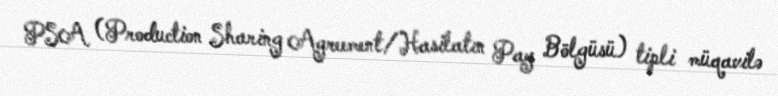
PSA (Production Sharing Agreement/Hasilatın Pay Bölgüsü) tipli müqavilə